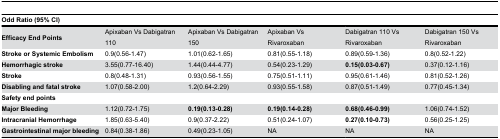
| <COLSPAN=6> Odd Ratio(95% CI) |
 | --- | --- | --- | --- | --- | --- |
 | Efficacy End Points | Apixaban Vs Dabigatran 110 | Apixaban Vs Dabigatran 150 | Apixaban Vs Rivaroxaban | Dabigatran 110 Vs Rivaroxaban | Dabigatran 150 Vs Rivaroxaban |
 | Stroke or Systemic Embolism | 0.9(0.56-1.47) | 1.01(0.62-1.65) | 0.81(0.55-1.18) | 0.89(0.59-1.36) | 0.8(0.52-1.22) |
 | Hemorrhagic stroke | 3.55(0.77-16.40) | 1.44(0.44-4.77) | 0.54(0.23-1.29) | 0.15(0.03-0.67) | 0.37(0.12-1.16) |
 | Stroke | 0.8(0.48-1.31) | 0.93(0.56-1.55) | 0.75(0.51-1.11) | 0.95(0.61-1.46) | 0.81(0.52-1.26) |
 | Disabling and fatal stroke | 1.07(0.58-2.00) | 1.2(0.64-2.29) | 0.93(0.55-1.58) | 0.87(0.51-1.49) | 0.77(0.45-1.34) |
 | Safety end points |  |  |  |  |  |
 | Major Bleeding | 1.12(0.72-1.75) | 0.19(0.13-0.28) | 0.19(0.14-0.28) | 0.68(0.46-0.99) | 1.06(0.74-1.52) |
 | Intracranial Hemorrhage | 1.85(0.63-5.40) | 0.9(0.37-2.22) | 0.51(0.24-1.07) | 0.27(0.10-0.73) | 0.56(0.25-1.25) |
 | Gastrointestinal major bleeding | 0.84(0.38-1.86) | 0.49(0.23-1.05) | NA | NA | NA |